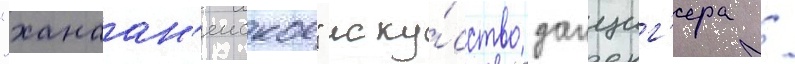
"ханаан'еиское" иску́сство данциг'ера /